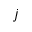
j